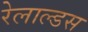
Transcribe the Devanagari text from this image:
रेलाल्डस